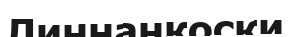
Линнанкоски